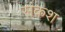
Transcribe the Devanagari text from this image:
संकश